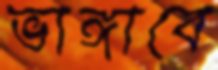
ভাঙ্গাবে